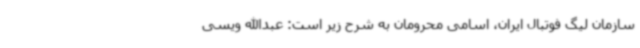
سازمان لیگ فوتبال ایران، اسامی محرومان به شرح زیر است: عبدالله ویسی